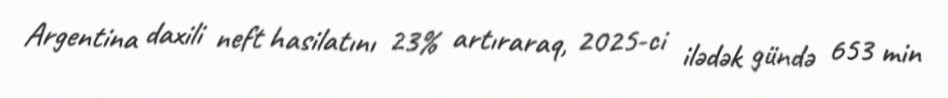
Argentina daxili neft hasilatını 23% artıraraq, 2025-ci ilədək gündə 653 min